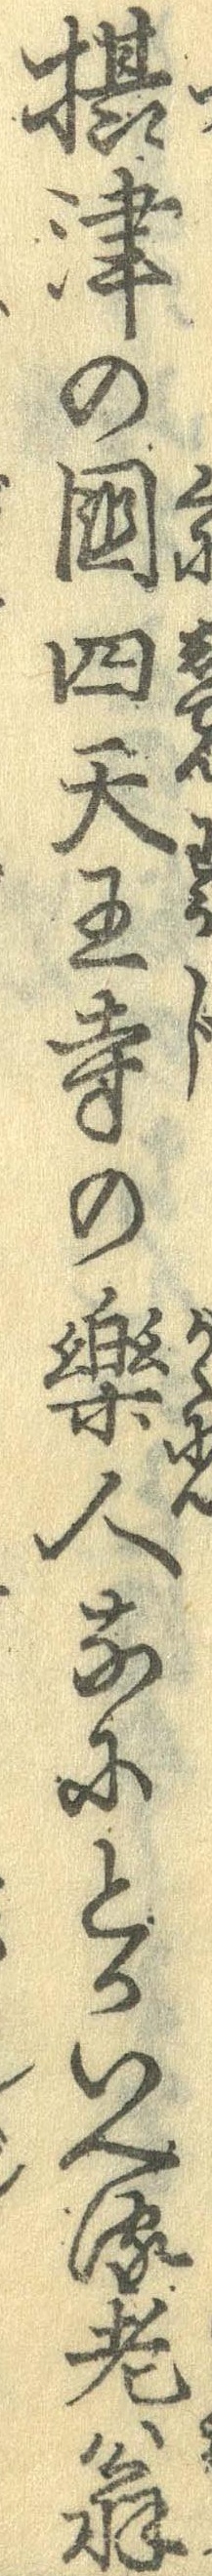
摂津の国四天王寺の楽人なにとかいへる老翁